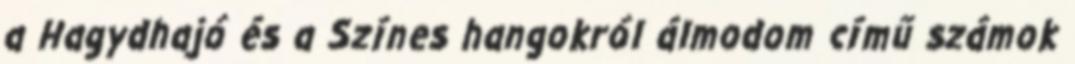
a Hagydhajó és a Színes hangokról álmodom című számok